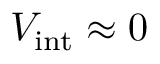
V _ { \mathrm { i n t } } \approx 0